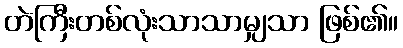
တဲကြီးတစ်လုံးသာသာမျှသာ ဖြစ်၏။